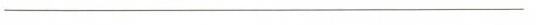
___